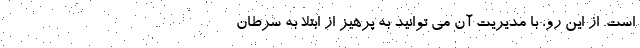
است. از این رو، با مدیریت آن می توانید به پرهیز از ابتلا به سرطان